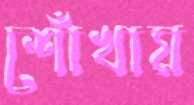
শোঁখায়